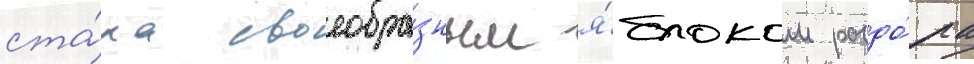
ста́ла своеобра́зным я́блоком раздо́ра